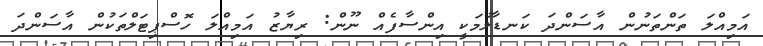
އަމިއްލަ ތަންތަނުން އާސަންދަ ކަނޑާލުމަކީ އިންސާފެއް ނޫން: ރިޔާޒު އަމިއްލަ ހޮސްޕިޓަލްތަކުން އާސަންދަ